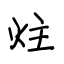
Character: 炷